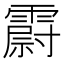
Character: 霨